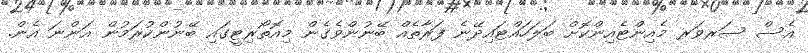
އެސް ސަރވަރ މެއިންޓެއިންކޮށް ބަލަހައްޓައިދޭނެ ފަރާތެއް ބޭނުންވެގެން މިއޮތޯރިޓީގައި ބޭނުންކުރަމުން އަންނަ އެން.